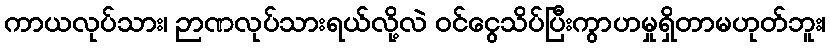
ကာယလုပ်သား၊ ဉာဏလုပ်သားရယ်လို့လဲ ဝင်ငွေသိပ်ပြီးကွာဟမှုရှိတာမဟုတ်ဘူး၊